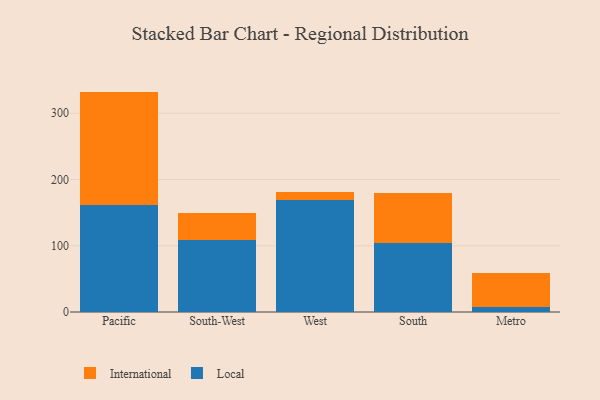
{"axis": {"x": "Region", "y": "Customer Acquisition Cost (USD)"}, "legend": ["International", "Local"], "data": [{"x": "Pacific", "y": 160.9, "type": "Local"}, {"x": "Pacific", "y": 171.8, "type": "International"}, {"x": "South-West", "y": 108.4, "type": "Local"}, {"x": "South-West", "y": 40.3, "type": "International"}, {"x": "West", "y": 169.6, "type": "Local"}, {"x": "West", "y": 11.5, "type": "International"}, {"x": "South", "y": 104.1, "type": "Local"}, {"x": "South", "y": 75.1, "type": "International"}, {"x": "Metro", "y": 7.9, "type": "Local"}, {"x": "Metro", "y": 51.1, "type": "International"}]}